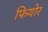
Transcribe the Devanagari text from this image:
फियोर